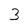
Character: 3